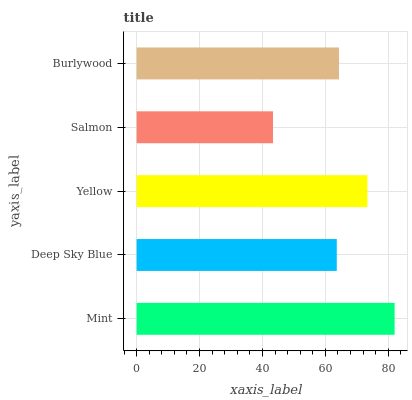
| yaxis_label | bars |
 | --- | --- |
 | Mint | 82 |
 | Deep Sky Blue | 63.6 |
 | Yellow | 73.4 |
 | Salmon | 43.4 |
 | Burlywood | 64.3 |